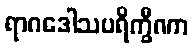
ရာဂဒေါသပရိက္ခီဏာ